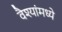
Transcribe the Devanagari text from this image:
वैश्यांमध्ये